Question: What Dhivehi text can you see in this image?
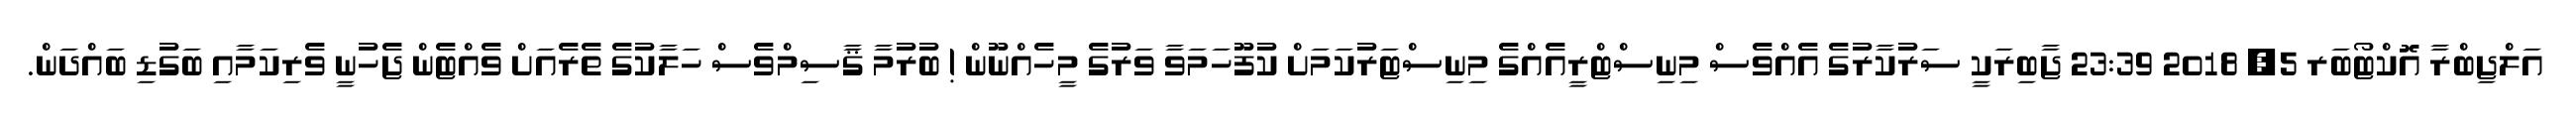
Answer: އަލްޖިބްރާ އޮކްޓޯބަރ 5, 2018 23:39 ޖާބިރަކީ ސަރުކާރުގެ އެއްވެސް މިނިސްޓްރީއެއްގެ މިނިސްޓަރުކަމަށް ކުފޫހަމަވާ ވަރުގެ މީހެއްނޫން ! ބުރުމާ ޤާސިމްވެސް ހަލާކުގެ ތެރެއަށް ވެއްޓެން ޖެހުނީ ވެރިކަމާއި ބަގުޑި ބައްދަން.